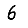
Digit: 6